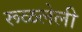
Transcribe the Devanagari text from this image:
रूळलेली